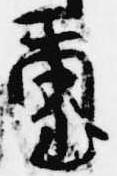
璽